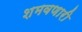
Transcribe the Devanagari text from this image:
शमवणारी